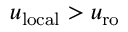
u _ { \mathrm { l o c a l } } > u _ { \mathrm { r o } }